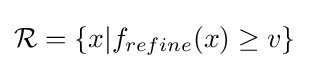
{\mathcal {R}}=\{x|f_{refine}(x)\geq v\}